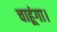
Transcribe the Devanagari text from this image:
चाहूंगा।